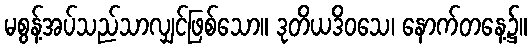
မစွန့်အပ်သည်သာလျှင်ဖြစ်သော။ ဒုတိယဒိဝသေ၊ နောက်တနေ့၌။